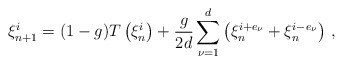
\begin{align*}\xi^i_{n+1} = (1-g) T\left(\xi^i_n\right) + \frac{g}{2d} \sum_{\nu=1}^d \left(\xi^{i+e_\nu}_n + \xi^{i-e_\nu}_n\right) \, ,\end{align*}